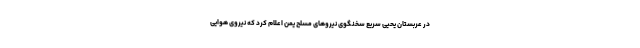
در عربستان یحیی سریع سخنگوی نیروهای مسلح یمن اعلام کرد که نیروی هوایی